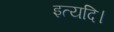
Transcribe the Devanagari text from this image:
इत्यदि।